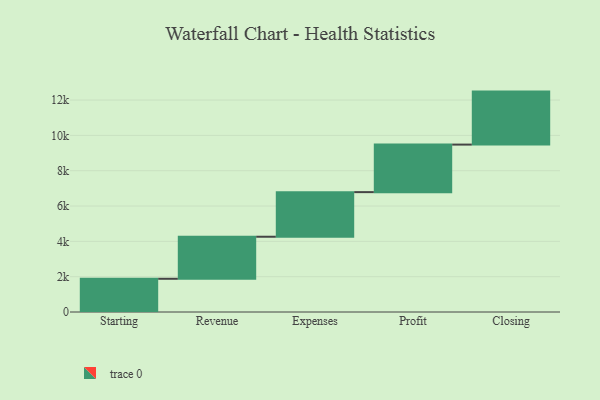
{"axis": {"x": "Step", "y": "Value"}, "legend": [""], "data": [{"x": "Starting", "y": 1881.0, "type": ""}, {"x": "Revenue", "y": 2380.0, "type": ""}, {"x": "Expenses", "y": 2526.0, "type": ""}, {"x": "Profit", "y": 2692.0, "type": ""}, {"x": "Closing", "y": 3000, "type": ""}]}